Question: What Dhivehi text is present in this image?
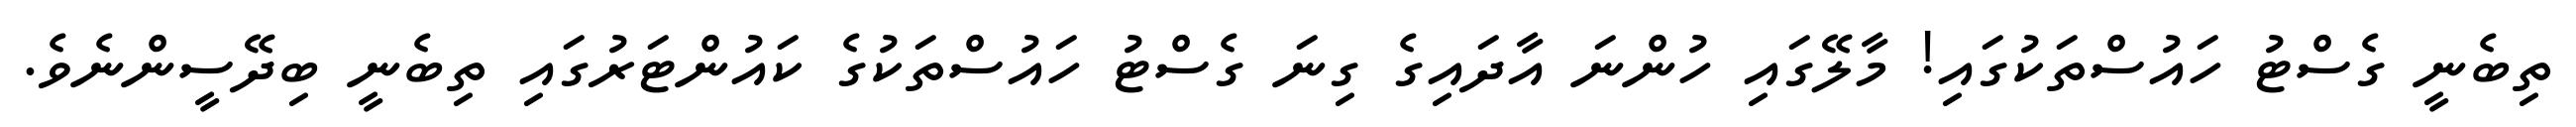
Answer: ތިބެނީ ގެސްޓު ހައުސްތަކުގައި! މާލޭގައި ހުންނަ އާދައިގެ ގިނަ ގެސްޓު ހައުސްތަކުގެ ކައުންޓަރުގައި ތިބެނީ ބިދޭސީންނެވެ.